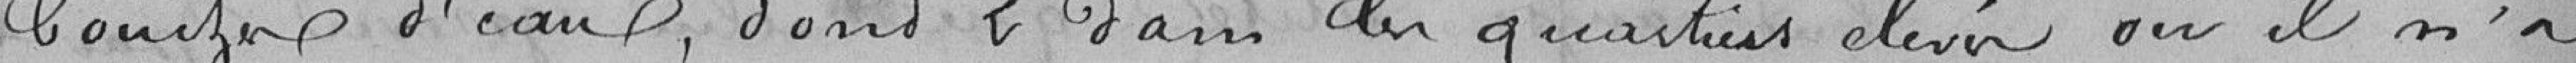
bouches d'eau, dont 2 dans les quartiers élevés où il n'a